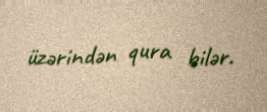
üzərindən qura bilər.